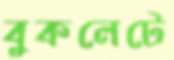
বুকলেটে